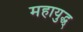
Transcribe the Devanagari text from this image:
महायुद्ध्